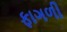
ફાગળી